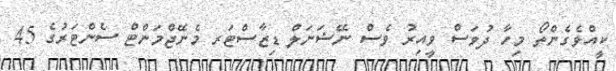
ކީއްވެގެންތޯ މިހާ ދުވަސް ވީއިރު ވެސް ނޭޝަނަލް ޑިޒާސްޓަރ މެނޭޖްމަންޓް ސެންޓަރުގެ 45